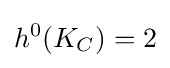
h^{0}(K_{C})=2